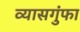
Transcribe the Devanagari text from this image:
व्यासगुंफा